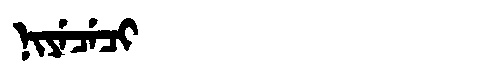
Manchu: ᠨᡳᠶᡝᠴᡝᠴᡳ
Romanization: NIYECECI